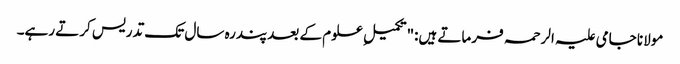
مولانا جامی علیہ الرحمہ فرماتے ہیں:"تکمیلِ علوم کے بعدپندرہ سال تک تدریس کرتے رہے۔